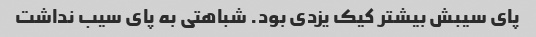
پای سیبش بیشتر کیک یزدی بود. شباهتی به پای سیب نداشت